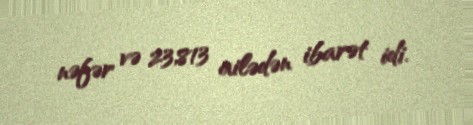
nəfər və 23,813 ailədən ibarət idi.